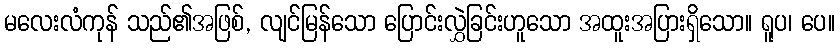
မလေးလံကုန် သည်၏အဖြစ်, လျင်မြန်သော ပြောင်းလွှဲခြင်းဟူသော အထူးအပြားရှိသော။ ရူပ၊ ပေ။